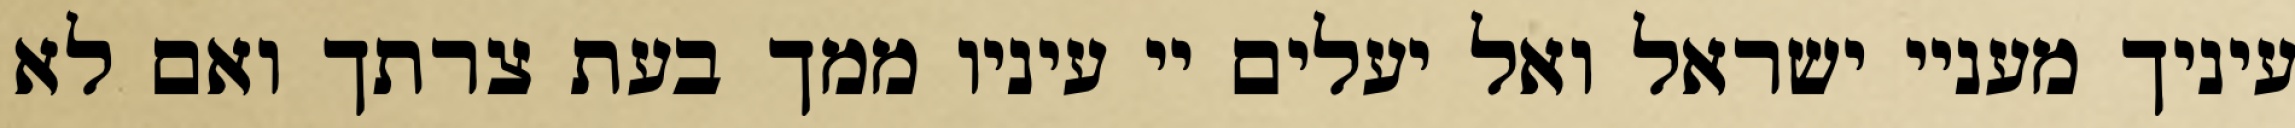
עיניך מעניי ישראל ואל יעלים יי עיניו ממך בעת צרתך ואם לא